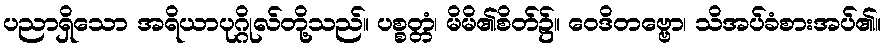
ပညာရှိသော အရိယာပုဂ္ဂိုလ်တို့သည်။ ပစ္စတ္တံ၊ မိမိ၏စိတ်၌။ ဝေဒိတဗ္ဗော၊ သိအပ်ခံစားအပ်၏။